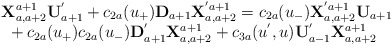
\begin{align*}\begin{array}{l}{\bf X}^{a+1}_{a,a+2}{\bf U}^{'}_{a+1}+c_{2a}(u_{+}){\bf D}_{a+1}{\bf X}^{'a+1}_{a,a+2}=c_{2a}(u_{-}){\bf X}^{'a+1}_{a,a+2}{\bf U}_{a+1}\\\mbox{ }+c_{2a}(u_{+})c_{2a}(u_{-}){\bf D}^{'}_{a+1}{\bf X}^{a+1}_{a,a+2}+c_{3a}(u^{'},u){\bf U}_{a-1}^{'}{\bf X}^{a+1}_{a,a+2}\end{array}\end{align*}